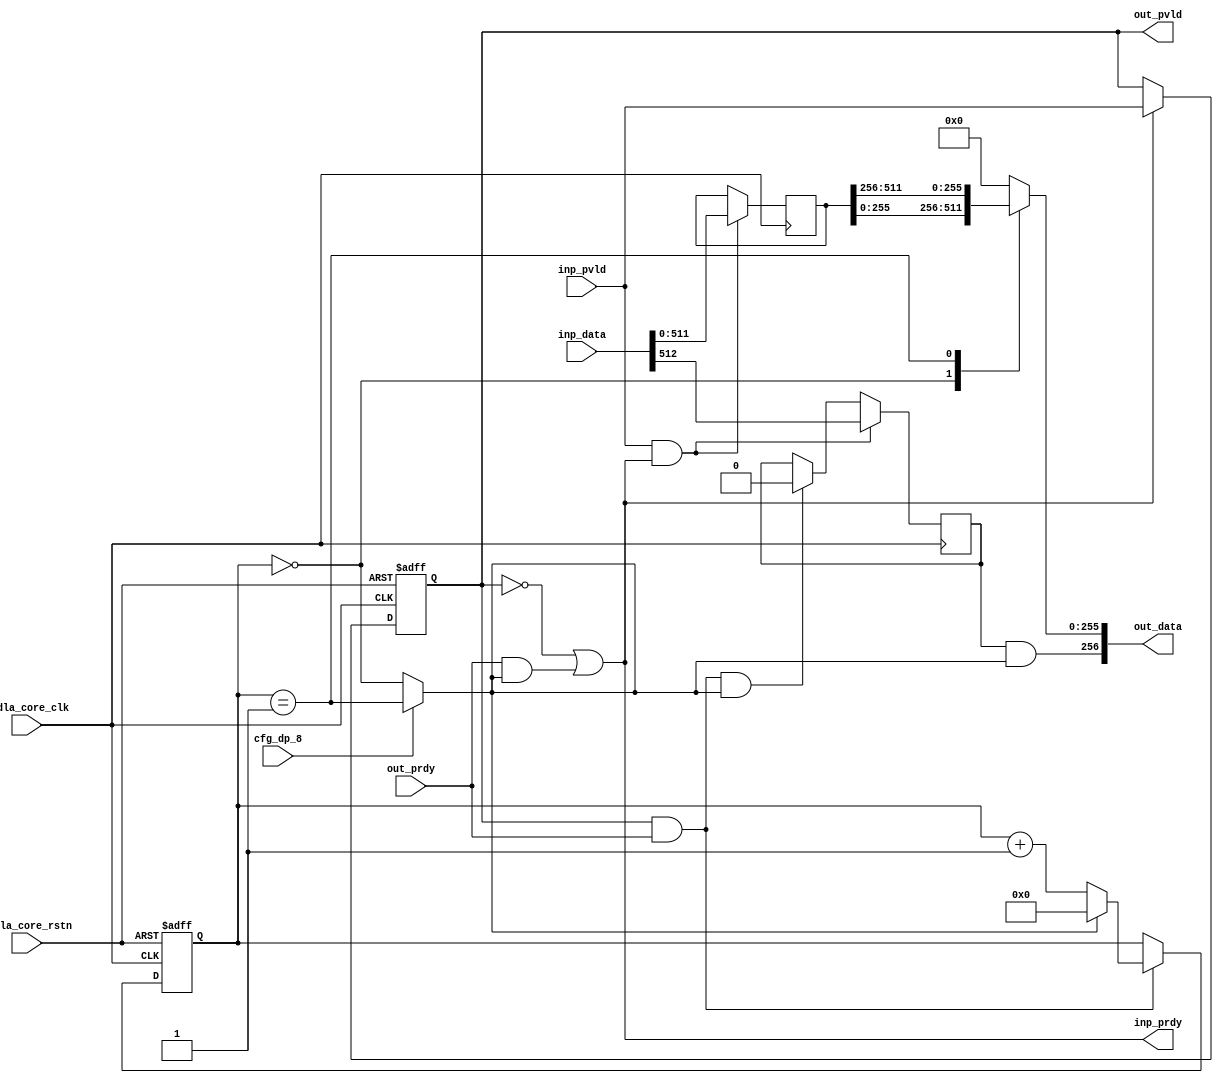
// ================================================================
// NVDLA Open Source Project
//
// Copyright(c) 2016 - 2017 NVIDIA Corporation. Licensed under the
// NVDLA Open Hardware License; Check "LICENSE" which comes with
// this distribution for more information.
// ================================================================
module NV_NVDLA_SDP_RDMA_pack (
   nvdla_core_clk
  ,nvdla_core_rstn
  ,cfg_dp_8
  ,inp_pvld
  ,inp_data
  ,inp_prdy
  ,out_pvld
  ,out_data
  ,out_prdy
);
parameter IW = 512; //data width
parameter CW = 1; //control width  
parameter OW = 256;
parameter RATIO = IW/OW;
input nvdla_core_clk;
input nvdla_core_rstn;
input cfg_dp_8;
input inp_pvld;
output inp_prdy;
input [IW+CW-1:0] inp_data;
output out_pvld;
input out_prdy;
output [OW+CW-1:0] out_data;
reg [CW-1:0] ctrl_done;
wire [CW-1:0] ctrl_end;
reg [IW-1:0] pack_data;
reg pack_pvld;
wire pack_prdy;
wire inp_acc;
wire out_acc;
wire is_pack_last;
reg [OW-1:0] mux_data;
assign out_data = {ctrl_end,mux_data};
assign pack_prdy = out_prdy;
assign out_pvld = pack_pvld;
assign inp_prdy = (!pack_pvld) | (pack_prdy & is_pack_last);
always @(posedge nvdla_core_clk or negedge nvdla_core_rstn) begin
  if (!nvdla_core_rstn)
    pack_pvld <= 1'b0;
  else if (inp_prdy)
    pack_pvld <= inp_pvld;
end
assign inp_acc = inp_pvld & inp_prdy;
assign out_acc = out_pvld & out_prdy;
always @(posedge nvdla_core_clk) begin
  if (inp_acc)
     ctrl_done[CW-1:0] <= inp_data[IW+CW-1:IW];
  else if (out_acc & is_pack_last)
     ctrl_done[CW-1:0] <= {CW{1'b0}};
end
assign ctrl_end = ctrl_done & {CW{is_pack_last}};
//push data
always @(posedge nvdla_core_clk) begin
  if (inp_acc)
    pack_data <= inp_data[IW-1:0];
end
wire [OW*16-1:0] pack_data_ext = {{(OW*16-IW){1'b0}},pack_data}; //spyglass disable W164b
reg [3:0] pack_cnt;
always @(posedge nvdla_core_clk or negedge nvdla_core_rstn) begin
  if (!nvdla_core_rstn)
    pack_cnt <= 4'h0;
  else if (out_acc) begin
    if (is_pack_last)
        pack_cnt <= 4'h0;
    else
        pack_cnt <= pack_cnt + 1;
  end
end
assign is_pack_last = !cfg_dp_8 ? (pack_cnt==RATIO/2-1) : (pack_cnt==RATIO-1);
wire [OW-1:0] pack_seg0 = pack_data_ext[((OW*0) + OW - 1):OW*0];
wire [OW-1:0] pack_seg1 = pack_data_ext[((OW*1) + OW - 1):OW*1];
wire [OW-1:0] pack_seg2 = pack_data_ext[((OW*2) + OW - 1):OW*2];
wire [OW-1:0] pack_seg3 = pack_data_ext[((OW*3) + OW - 1):OW*3];
wire [OW-1:0] pack_seg4 = pack_data_ext[((OW*4) + OW - 1):OW*4];
wire [OW-1:0] pack_seg5 = pack_data_ext[((OW*5) + OW - 1):OW*5];
wire [OW-1:0] pack_seg6 = pack_data_ext[((OW*6) + OW - 1):OW*6];
wire [OW-1:0] pack_seg7 = pack_data_ext[((OW*7) + OW - 1):OW*7];
wire [OW-1:0] pack_seg8 = pack_data_ext[((OW*8) + OW - 1):OW*8];
wire [OW-1:0] pack_seg9 = pack_data_ext[((OW*9) + OW - 1):OW*9];
wire [OW-1:0] pack_seg10 = pack_data_ext[((OW*10) + OW - 1):OW*10];
wire [OW-1:0] pack_seg11 = pack_data_ext[((OW*11) + OW - 1):OW*11];
wire [OW-1:0] pack_seg12 = pack_data_ext[((OW*12) + OW - 1):OW*12];
wire [OW-1:0] pack_seg13 = pack_data_ext[((OW*13) + OW - 1):OW*13];
wire [OW-1:0] pack_seg14 = pack_data_ext[((OW*14) + OW - 1):OW*14];
wire [OW-1:0] pack_seg15 = pack_data_ext[((OW*15) + OW - 1):OW*15];
generate
if(RATIO == 1) begin
always @( pack_seg0) begin
     mux_data = pack_seg0;
end
end
else if(RATIO == 2) begin
always @(
  pack_cnt
  or pack_seg0
  or pack_seg1
  ) begin
    case (pack_cnt)
     0: mux_data = pack_seg0;
     1: mux_data = pack_seg1;
    default : mux_data = {OW{1'b0}};
    endcase
end
end
else if(RATIO == 4) begin
always @(
  pack_cnt
  or pack_seg0
  or pack_seg1
  or pack_seg2
  or pack_seg3
  ) begin
    case (pack_cnt)
     0: mux_data = pack_seg0;
     1: mux_data = pack_seg1;
     2: mux_data = pack_seg2;
     3: mux_data = pack_seg3;
    default : mux_data = {OW{1'b0}};
    endcase
end
end
else if (RATIO == 8) begin
always @(
  pack_cnt
  or pack_seg0
  or pack_seg1
  or pack_seg2
  or pack_seg3
  or pack_seg4
  or pack_seg5
  or pack_seg6
  or pack_seg7
  ) begin
    case (pack_cnt)
     0: mux_data = pack_seg0;
     1: mux_data = pack_seg1;
     2: mux_data = pack_seg2;
     3: mux_data = pack_seg3;
     4: mux_data = pack_seg4;
     5: mux_data = pack_seg5;
     6: mux_data = pack_seg6;
     7: mux_data = pack_seg7;
    default : mux_data = {OW{1'b0}};
    endcase
end
end
else if (RATIO == 16) begin
always @(
  pack_cnt
  or pack_seg0
  or pack_seg1
  or pack_seg2
  or pack_seg3
  or pack_seg4
  or pack_seg5
  or pack_seg6
  or pack_seg7
  or pack_seg8
  or pack_seg9
  or pack_seg10
  or pack_seg11
  or pack_seg12
  or pack_seg13
  or pack_seg14
  or pack_seg15
  ) begin
    case (pack_cnt)
     0: mux_data = pack_seg0;
     1: mux_data = pack_seg1;
     2: mux_data = pack_seg2;
     3: mux_data = pack_seg3;
     4: mux_data = pack_seg4;
     5: mux_data = pack_seg5;
     6: mux_data = pack_seg6;
     7: mux_data = pack_seg7;
     8: mux_data = pack_seg8;
     9: mux_data = pack_seg9;
     10: mux_data = pack_seg10;
     11: mux_data = pack_seg11;
     12: mux_data = pack_seg12;
     13: mux_data = pack_seg13;
     14: mux_data = pack_seg14;
     15: mux_data = pack_seg15;
    default : mux_data = {OW{1'b0}};
    endcase
end
end
endgenerate
endmodule // NV_NVDLA_SDP_RDMA_pack